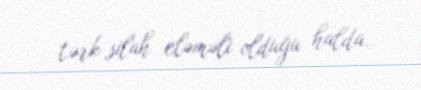
tərk-silah eləməli olduğu halda.